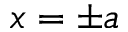
x = \pm a